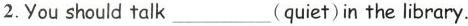
2.You should talk___(quiet)in the library.